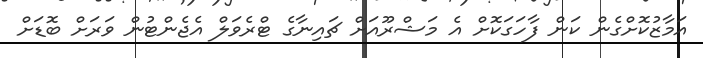
އަމާޒުކޮށްގެން ކަން ފާހަގަކޮށް އެ މަޝްރޫއަށް ޗައިނާގެ ޓްރެވަލް އެޖެންޓުން ވަރަށް ބޮޑަށް